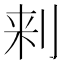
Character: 𰄯